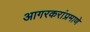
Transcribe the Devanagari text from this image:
आगरकरांप्रमाणे